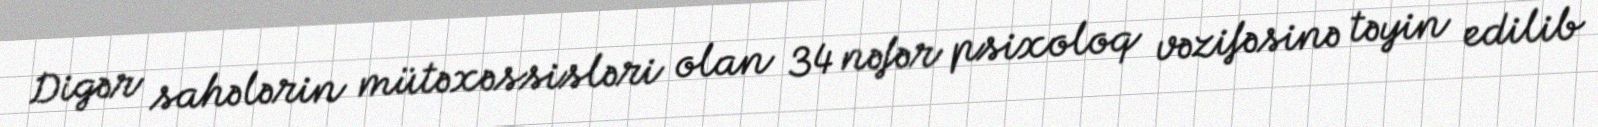
Digər sahələrin mütəxəssisləri olan 34 nəfər psixoloq vəzifəsinə təyin edilib